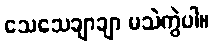
သေသေချာချာ မသဲကွဲပါ။